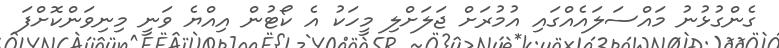
ގެންގުޅުނު މައްސަލައެއްގައި އުމުރަށް ޖަލަށްލި މީހަކު އެ ކޯޓުން އިއްޔެ ވަނީ މިނިވަންކޮށްފަ